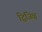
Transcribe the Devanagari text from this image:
द्विजिव्ह